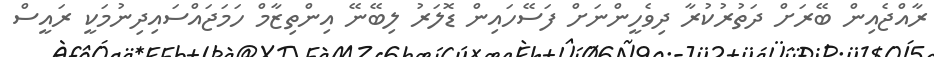
ރާއްޖެއިން ބޭރަށް ދަތުރުކުރާ ދިވެހީންނަށް ފަސޭހައިން ޑޮލަރު ލިބޭނޭ އިންތިޒާމް ހަމަޖައްސައިދިނުމަކީ ރައީސް